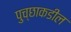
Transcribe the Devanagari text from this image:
पुच्छाकडील